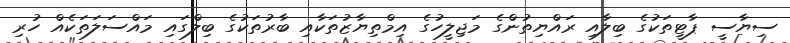
ސިޔާސީ ޕާޓީތަކުގެ ބިލާއި ރައްޔިތުންގެ މަޖިލީހުގެ އިމްތިޔާޒުތަކާއި ބާރުތަކުގެ ބިލްގައި މައްސަލަތަކެއް ހުރި